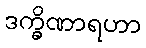
ဒက္ခိဏာရဟာ